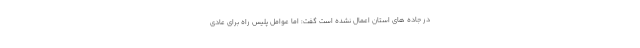
در جاده های استان اعمال نشده است گفت: اما عوامل پلیس راه برای عادی